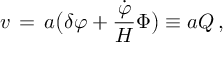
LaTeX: v \, = \, a \bigl ( \delta \varphi + { \frac { { \dot { \varphi } } } { H } } \Phi \bigr ) \equiv a Q \, ,